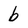
Character: b